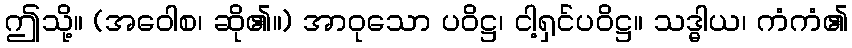
ဤသို့။ (အဝေါစ၊ ဆို၏။) အာဝုသော ပဝိဋ္ဌ၊ ငါ့ရှင်ပဝိဋ္ဌ။ သဒ္ဓါယ၊ ကံကံ၏